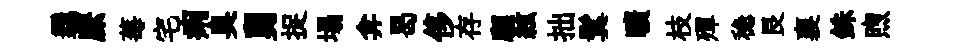
覊縻莓宅痢臭舅捉塌弇曷侈存顧絃拙鬂曠枝殫稳艮襄銖煦